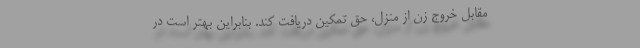
مقابل خروج زن از منزل، حق تمکین دریافت کند. بنابراین بهتر است در